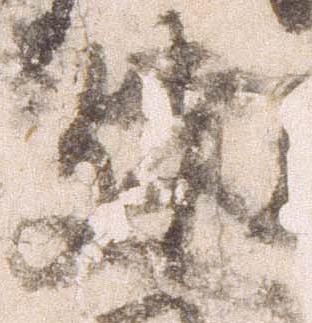
建